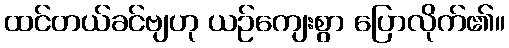
ထင်တယ်ခင်ဗျဟု ယဉ်ကျေးစွာ ပြောလိုက်၏။